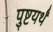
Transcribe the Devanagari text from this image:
पुष्टयर्थं